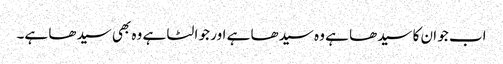
اب جو ان کا سیدھا ہے وہ سیدھا ہے اور جو الٹا ہے وہ بھی سیدھا ہے۔